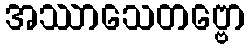
အဿာသေတဗ္ဗော